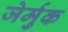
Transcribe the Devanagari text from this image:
जेर्मुक